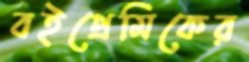
বইপ্রেমিকের